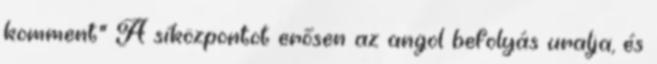
komment" A síközpontot erősen az angol befolyás uralja, és